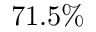
7 1 . 5 \%